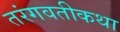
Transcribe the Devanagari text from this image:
तरंगवतीकथा